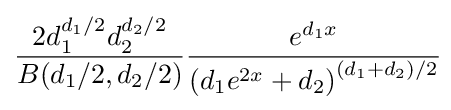
{\frac {2d_{1}^{d_{1}/2}d_{2}^{d_{2}/2}}{B(d_{1}/2,d_{2}/2)}}{\frac {e^{d_{1}x}}{\left(d_{1}e^{2x}+d_{2}\right)^{\left(d_{1}+d_{2}\right)/2}}}\!